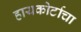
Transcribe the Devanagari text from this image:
हायकोर्टाचा